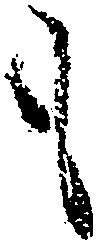
も